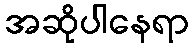
အဆိုပါနေရာ